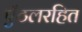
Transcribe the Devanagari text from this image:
एँठलरहित